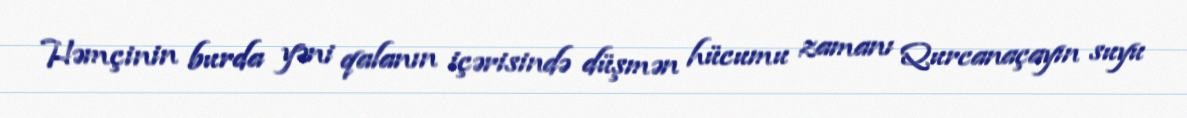
Həmçinin burda yəni qalanın içərisində düşmən hücumu zamanı Qurcanaçayın suyu